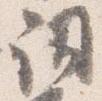
詞